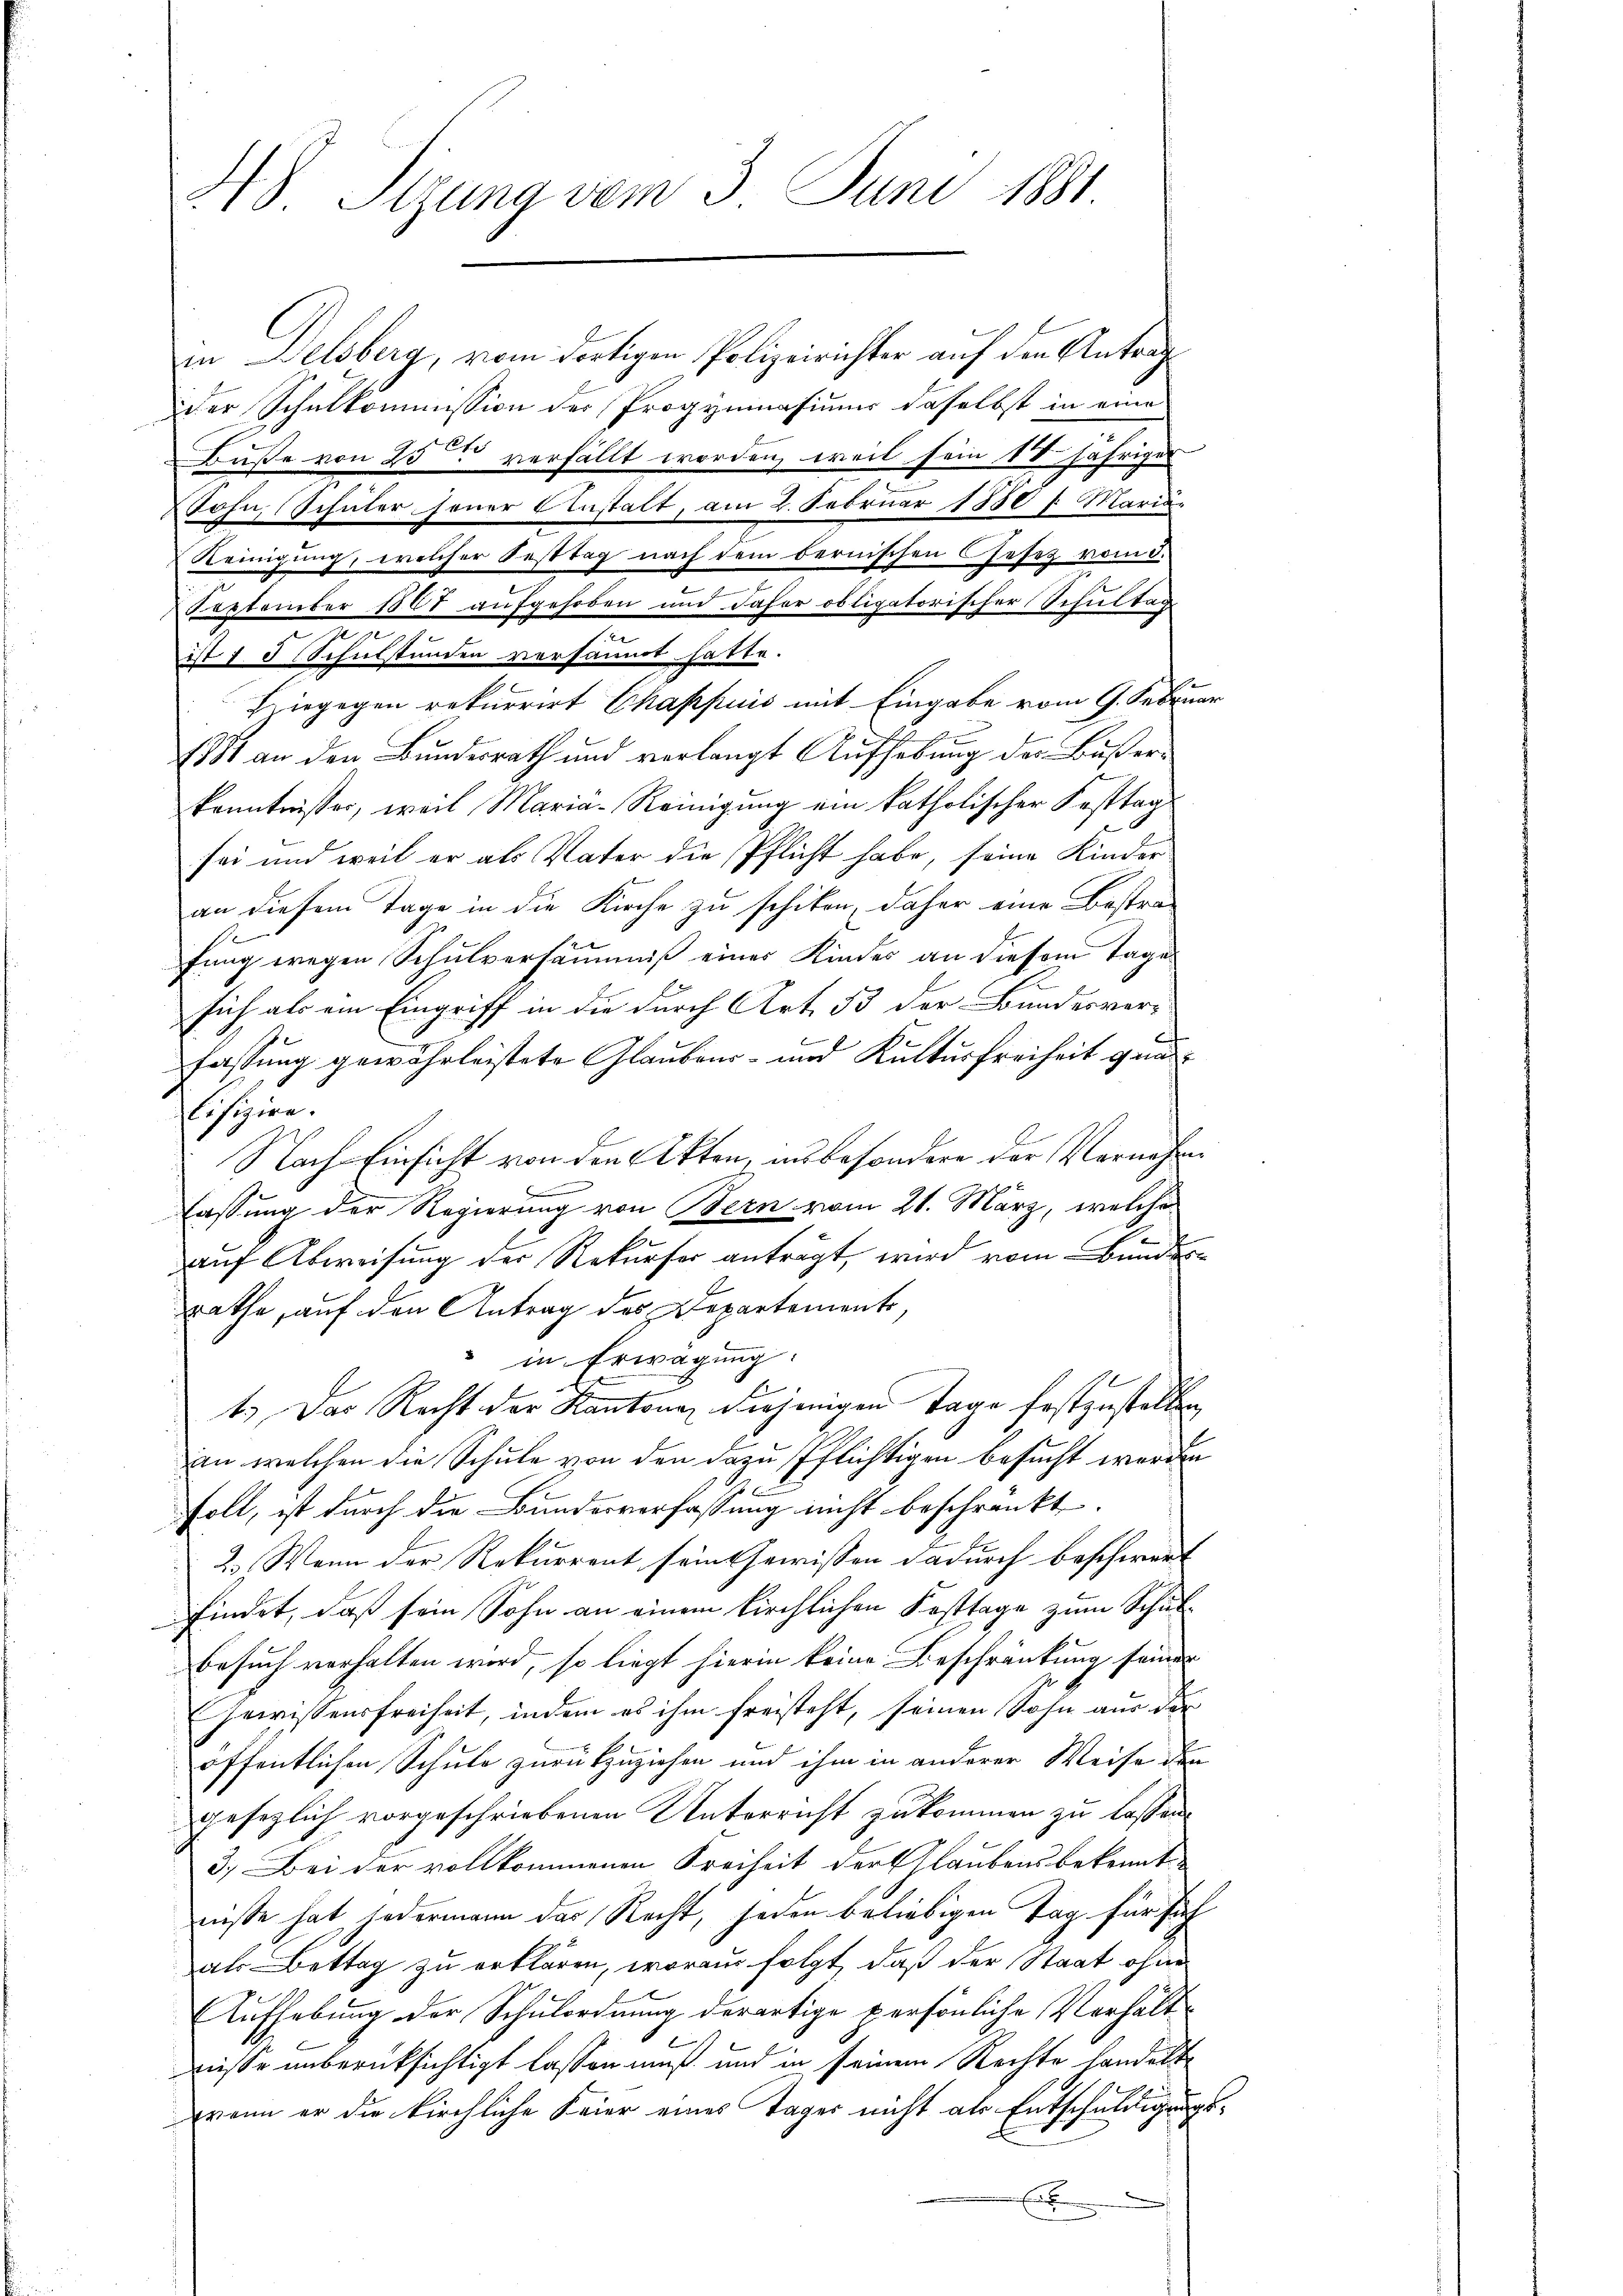
48 Sizung vom 3. Juni 1881

in Delsberg, vom dortigen Polizeirichter auf den Antrags
der Schulkommission der Progymnasium daselbst in eine
Buße von 25 verfällt worden, weil sein 18 jähriger
Sohn, (Schüler jener Anstalt, am 2. Februar 1850 l. Maria-
Reinigung, welcher Festtag nach dem bernischen Gesetz vom 5.
September 1867 aufgehoben und daher obligatorischer Schultag
e
ist 1 5 Schulstunden versammt hatte.
Hiegegen rekurrirt Chappuis mit Eingabe vom 9. Februar
1881 an den Bundesrath und verlangt Aufhebung der Bußerkenntnisser, weil Maria-Reinigung ein katholischer Festtag
sei und weil er als Vater die Pflicht habe, seine Kinder
an diesem Tage in die Kirche zu schiken, daher eine Bestra¬
S
fung wegen Schulversäumniß einer Kindes an diesem Tage
sich als ein Eingriff in die durch Art. 33 der Bundesverfassung gewährleistete Glaubens- und Kulturfreiheit quahöhere.
Nach Einsicht von den Akten, insbesondere der Vernahme
.
lassung der Regierung von Bern vom 21. März, welche
auf Abweisung der Rekurser anträgt, wird vom Bundes-
rathe, auf den Antrag des Departemente,
in Erwägung:
E
1.) Das Recht der Kantone diejenigen Tage festgestellen,
an welchen die Schule von den dazu Pflichtigen besucht werden
soll, ist durch die Bundesverfassung nicht beschränkt.
2. Wenn der Rekurrent sein ewissen dadurch beschwert
findet, daß sein Sohn an einem kirchlichen Fasttage zum Schul¬
Besuch verhalten wird, so liegt hierin keine Beschränkung seiner
Gewissensfreiheit, indem es ihm freisteht, seinen Sohn aus der
öffentlichen Schule zurückzuziehen und ihm in anderer Weise den
gesezlich vorgeschriebenen Unterricht zukommen zu lassen.
3. Bei der vollkommenen Freiheit der Glaubens bekannt
nisse hat jedermann das Recht, jeden beliebigen Tag für sich
als Bettag zu erklären, woraus folgt, daß der Staat ohne
Aufhebung der Schulordnung derartige persönliche Verhält¬
.
wisse unberüksichtigt lassen muß und in seinem Rechte handelt
wenn er die kirchliche Feier eines Tages nicht als Entschuldigungs¬